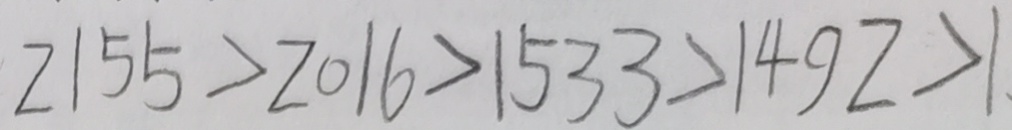
2 1 5 5 > 2 0 1 6 > 1 5 3 3 > 1 4 9 2 > 1 .